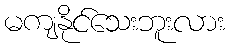
မကျနိုင်သေးဘူးလား